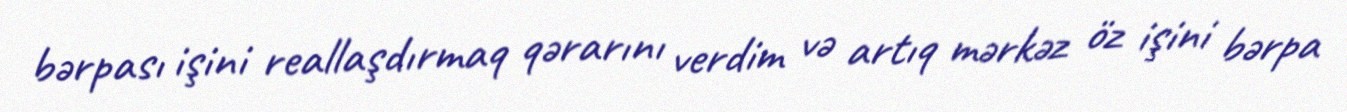
bərpası işini reallaşdırmaq qərarını verdim və artıq mərkəz öz işini bərpa